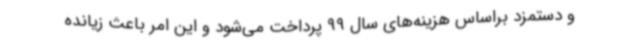
و دستمزد براساس هزینه‌های سال 99 پرداخت می‌شود و این امر باعث زیانده